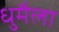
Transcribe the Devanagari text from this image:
धुमैला